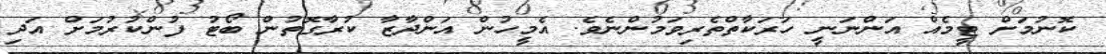
ކޮނުމަށް ޓީމެއް އަންނަނީ ހަރަކާތްތެރިވަމުންނެވެ. އެމީހުން އަންދާޒާ ކުރާގޮތުން ބޯޓު ފުންކުރުމަށް އަދި